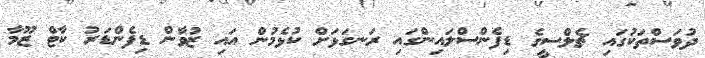
ދުވަސްތަކުގައި ޗެލްސީގެ ޑިފެންސްލައިންގައި ރަނގަޅަށް ކުޅެމުން އައި ޒުވާން ޑިފެންޑަރު ކާޓް ޒޫމާ